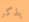
يذكر